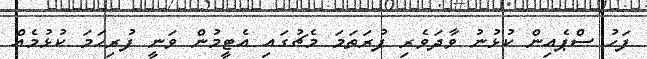
ފަހު ސްޕެއިން ކުޅުނު ވާދަވެރި ފުރަތަމަ މެޗުގައި އެޓީމުން ވަނީ ފުރިހަމަ ކުޅުމެއް